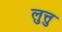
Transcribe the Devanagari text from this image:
लुत्तु